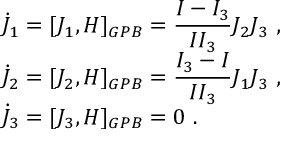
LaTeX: \begin{array} { l } { { \dot { J } _ { 1 } = [ J _ { 1 } , H ] _ { G P B } = \displaystyle \frac { I - I _ { 3 } } { I I _ { 3 } } J _ { 2 } J _ { 3 } ~ , } } \\ { { \dot { J } _ { 2 } = [ J _ { 2 } , H ] _ { G P B } = \displaystyle \frac { I _ { 3 } - I } { I I _ { 3 } } J _ { 1 } J _ { 3 } ~ , } } \\ { { \dot { J } _ { 3 } = [ J _ { 3 } , H ] _ { G P B } = 0 ~ . } } \end{array}